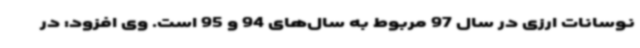
نوسانات ارزی در سال 97 مربوط به سال‌های 94 و 95 است. وی افزود: در